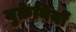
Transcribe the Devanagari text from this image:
युक्रेनियों